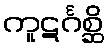
ကူဋင်္ဂစ္ဆိ